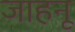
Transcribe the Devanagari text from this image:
जाहनू